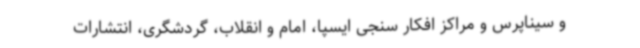
و سیناپرس و مراکز افکار سنجی ایسپا، امام و انقلاب، گردشگری، انتشارات